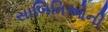
સાબિતિઓની